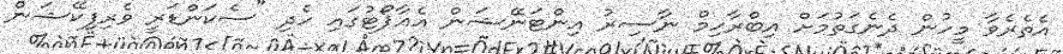
އެތެރެވާ މީހުން ދެނެގަތުމަށް އިބްރާހިމް ނާސިރު އިންޓަނޭޝަން އެއާޕޯޓުގައި ހެދި "ސެކަންޑަރީ ވެރިފިކޭޝަން